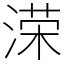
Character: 溁